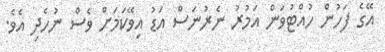
އޭގެ ފަހުން ހުއްޓުވަން އަމުރު ނެރުނަސް އަޑު އިވޭކަމަށް ވެސް ނުހެދި އެވެ.